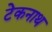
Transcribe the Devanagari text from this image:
टेकनाथ